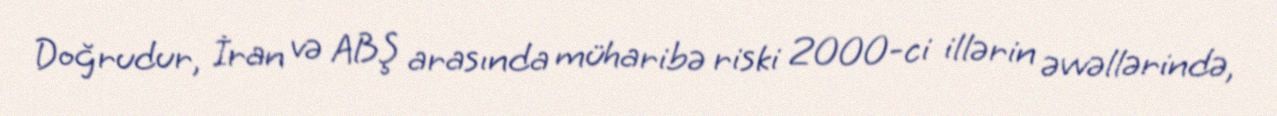
Doğrudur, İran və ABŞ arasında müharibə riski 2000-ci illərin əvvəllərində,